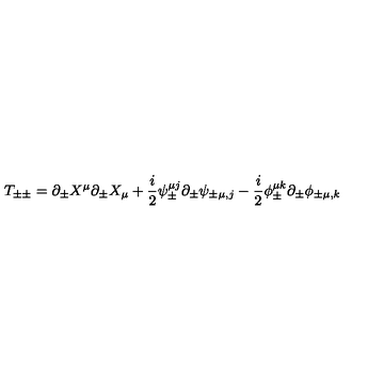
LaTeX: T _ { \pm \pm } = \partial _ { \pm } X ^ { \mu } \partial _ { \pm } X _ { \mu } + \frac { i } { 2 } \psi _ { \pm } ^ { \mu j } \partial _ { \pm } \psi _ { \pm \mu , j } - \frac { i } { 2 } \phi _ { \pm } ^ { \mu k } \partial _ { \pm } \phi _ { \pm \mu , k }